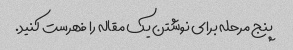
پنج مرحله برای نوشتن یک مقاله را فهرست کنید.